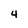
Character: 4